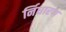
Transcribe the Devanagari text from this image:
र्निधारण